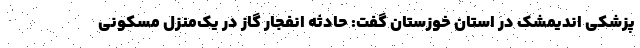
پزشکی اندیمشک در استان خوزستان گفت: حادثه انفجار گاز در یک‌منزل مسکونی